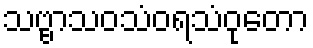
သဗ္ဗာသဝသံဝရသံဝုတော